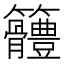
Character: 𥸠